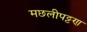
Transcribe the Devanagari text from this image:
मछलीपट्टण